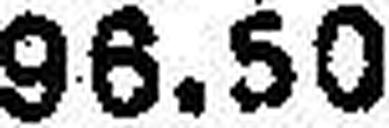
96.50